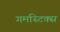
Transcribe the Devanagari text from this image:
गमस्टिक्स